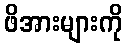
ဖိအားများကို